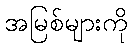
အမြစ်များကို